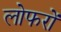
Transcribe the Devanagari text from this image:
लोफरों